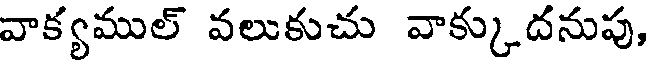
వాక్యముల్ వలుకుచు వాక్కుదనుపు,